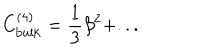
LaTeX: C _ { \mathrm { b u l k } } ^ { ( 4 ) } = \frac { 1 } { 3 } \beta ^ { 2 } + . . .